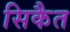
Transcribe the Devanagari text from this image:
सिकैत